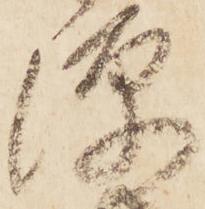
源